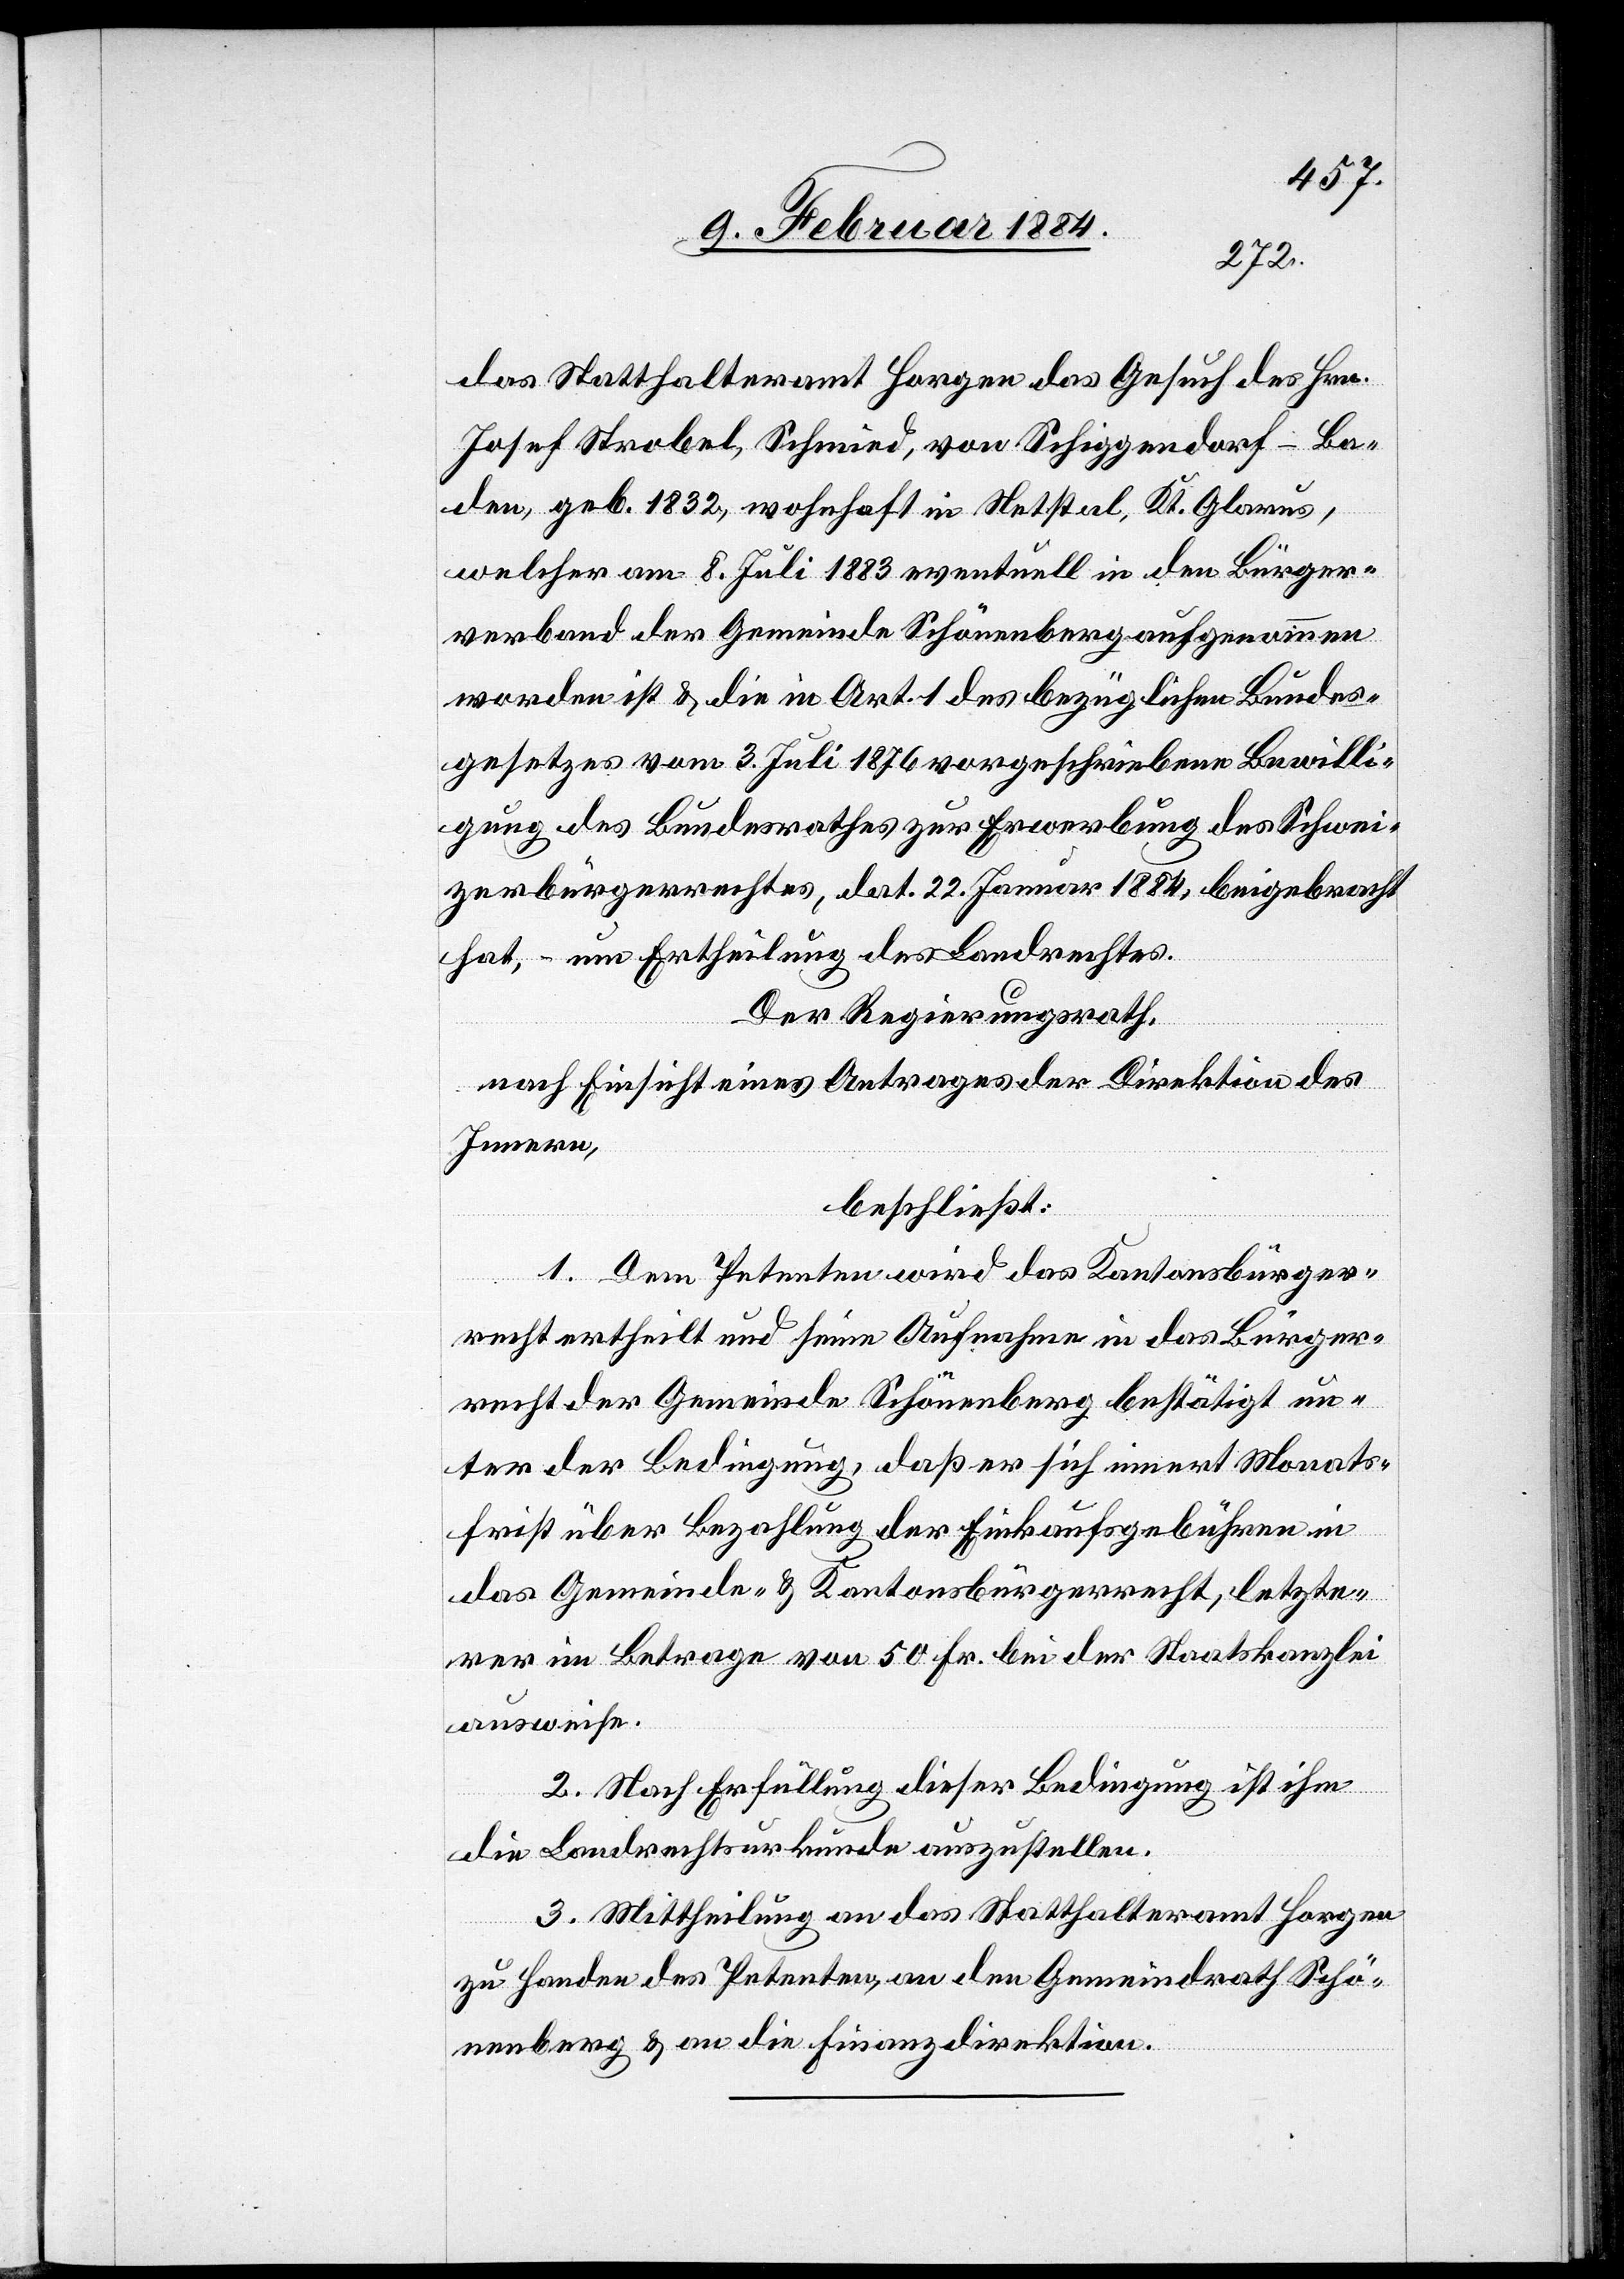
das Statthalteramt Horgen das Gesuch des Hrn.
Josef Strobel, Schmied, von Schiggendorf - Ba¬
den, geb. 1832, wohnhaft in Netstal, Kt. Glarus,
welcher am 8. Juli 1883 eventuell in den Bürger¬
verband der Gemeinde Schönenberg aufgenommen
worden ist, & die in Art. 1 des bezüglichen Bundes¬
gesetzes vom 3. Juli 1876 vorgeschriebene Bewilli¬
gung des Bundesrathes zur Erwerbung des Schwei¬
zerbürgerrechtes, dat. 22. Januar 1884, beigebracht
hat, – um Ertheilung des Landrechtes.
Der Regierungsrath,
nach Einsicht eines Antrages der Direktion des
Innern,
beschließt:
1. Dem Petenten wird das Kantonsbürger¬
recht ertheilt und seine Aufnahme in das Bürger¬
recht der Gemeinde Schönenberg bestätigt un¬
ter der Bedingung, daß er sich innert Monats¬
frist über Bezahlung der Einkaufsgebühren in
das Gemeinde- & Kantonsbürgerrecht, letzte¬
rer im Betrage von 50 Fr. bei der Staatskanzlei
ausweise.
2. Nach Erfüllung dieser Bedingung ist ihm
die Landrechtsurkunde auszustellen.
3. Mittheilung an das Statthalteramt Horgen
zu Handen des Petenten, an den Gemeindrath Schö¬
nenberg & die Finanzdirektion.